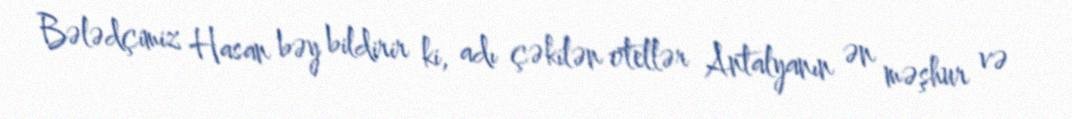
Bələdçimiz Hasan bəy bildirir ki, adı çəkilən otellər Antalyanın ən məşhur və